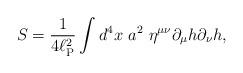
LaTeX: \begin{align*}S = \frac{1}{ 4 \ell_{\rm P}^2}\int d^4 x ~a^2~ \eta^{\mu\nu} \partial_{\mu} h\partial_{\nu} h ,\end{align*}